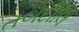
તબદીલિ